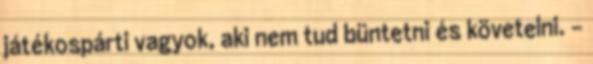
játékospárti vagyok, aki nem tud büntetni és követelni. -